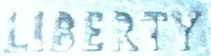
LIBERTY